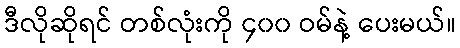
ဒီလိုဆိုရင် တစ်လုံးကို ၄၀၀ ဝမ်နဲ့ ပေးမယ်။